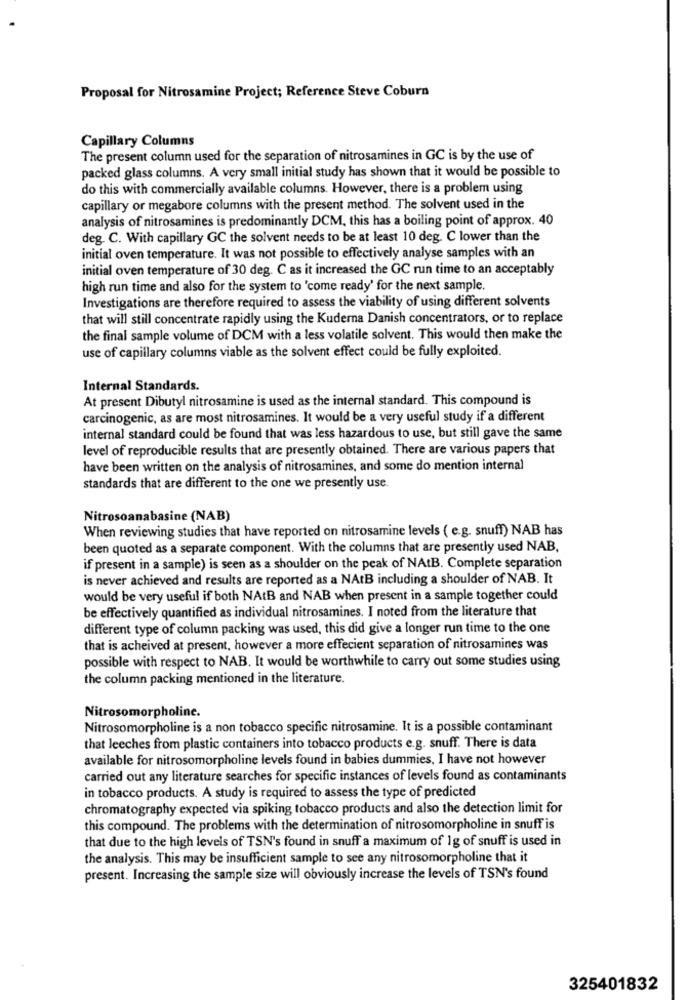
Proposal for Nitrosamine Project; Reference Steve Coburn
Capillary Columns
The present column used for the separation of nitrosamines in GC is by the use of
packed glass columns. A very small initial study has shown that it would be possible to
do this with commercially available columns. However, there is a problem using
capillary or megabore columns with the present method. The solvent used in the
analysis of nitrosamines is predominantly DCM, this has a boiling point of approx. 40
deg. C. With capillary GC the solvent needs to be at least 10 deg. C lower than the
initial oven temperature. It was not possible to effectively analyse samples with an
initial oven temperature of 30 deg. C as it increased the GC run time to an acceptably
high run time and also for the system to 'come ready' for the next sample.
Investigations are therefore required to assess the viability of using different solvents
that will still concentrate rapidly using the Kuderna Danish concentrators, or to replace
the final sample volume of DCM with a less volatile solvent. This would then make the
use of capillary columns viable as the solvent effect could be fully exploited.
Internal Standards.
At present Dibutyl nitrosamine is used as the internal standard. This compound is
carcinogenic, as are most nitrosamines. It would be a very useful study if a different
internal standard could be found that was less hazardous to use, but still gave the same
level of reproducible results that are presently obtained. There are various papers that
have been written on the analysis of nitrosamines, and some do mention internal
standards that are different to the one we presently use.
Nitrosoanabasine (NAB)
When reviewing studies that have reported on nitrosamine levels ( e.g. snuff) NAB has
been quoted as a separate component. With the columns that are presently used NAB,
if present in a sample) is seen as a shoulder on the peak of NAtB. Complete separation
is never achieved and results are reported as a NAtB including a shoulder of NAB. It
would be very useful if both NAtB and NAB when present in a sample together could
be effectively quantified as individual nitrosamines. I noted from the literature that
different type of column packing was used, this did give a longer run time to the one
that is acheived at present, however a more effecient separation of nitrosamines was
possible with respect to NAB. It would be worthwhile to carry out some studies using
the column packing mentioned in the literature.
Nitrosomorpholine.
Nitrosomorpholine is a non tobacco specific nitrosamine. It is a possible contaminant
that leeches from plastic containers into tobacco products e.g. snuff. There is data
available for nitrosomorpholine levels found in babies dummies. I have not however
carried out any literature searches for specific instances of levels found as contaminants
in tobacco products. A study is required to assess the type of predicted
chromatography expected via spiking tobacco products and also the detection limit for
this compound. The problems with the determination of nitrosomorpholine in snuff is
that due to the high levels of TSN's found in snuff a maximum of 1g of snuff is used in
the analysis. This may be insufficient sample to see any nitrosomorpholine that it
present. Increasing the sample size will obviously increase the levels of TSN's found
325401832